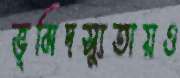
ভূমিদস্যুতায়ও